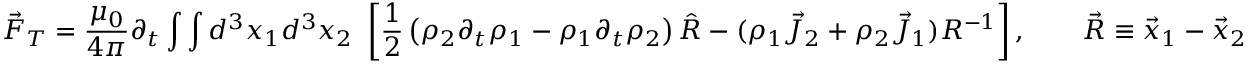
\vec { F } _ { T } = \frac { \mu _ { 0 } } { 4 \pi } \partial _ { t } \int \int d ^ { 3 } x _ { 1 } d ^ { 3 } x _ { 2 } ~ \left[ \frac { 1 } { 2 } \left( \rho _ { 2 } \partial _ { t } \rho _ { 1 } - \rho _ { 1 } \partial _ { t } \rho _ { 2 } \right) \hat { R } - ( \rho _ { 1 } \vec { J } _ { 2 } + \rho _ { 2 } \vec { J } _ { 1 } ) R ^ { - 1 } \right] , \qquad \vec { R } \equiv \vec { x } _ { 1 } - \vec { x } _ { 2 }